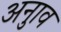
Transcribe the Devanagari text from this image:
अनुाव